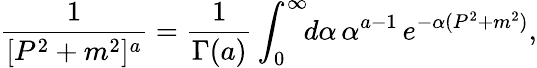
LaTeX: \frac{1}{[P^{2}+m^{2}]^{a}}=\frac{1}{\Gamma(a)}\int_{0}^{\infty}\! \! d\alpha\, \alpha^{a-1}\, e^{-\alpha(P^{2}+m^{2})},